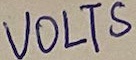
Text: VOLTS